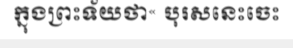
ក្នុងព្រះទ័យថា« បុរសនេះចេះ